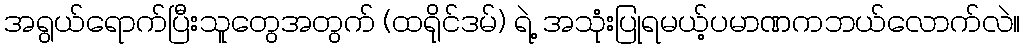
အရွယ်ရောက်ပြီးသူတွေအတွက် (ထရိုင်ဒမ်) ရဲ့ အသုံးပြုရမယ့်ပမာဏကဘယ်လောက်လဲ။